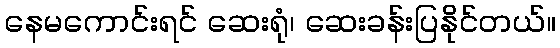
နေမကောင်းရင် ဆေးရုံ၊ ဆေးခန်းပြနိုင်တယ်။